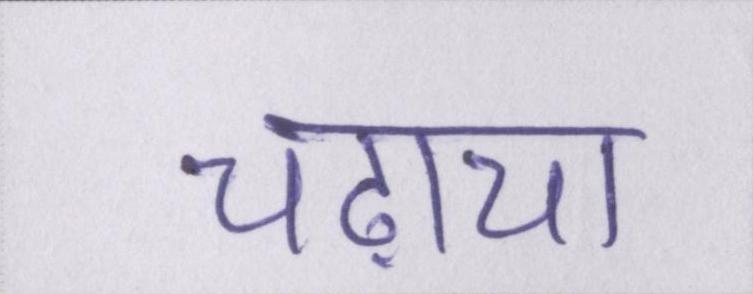
चढ़ाया